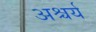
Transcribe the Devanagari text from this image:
अश्चर्य